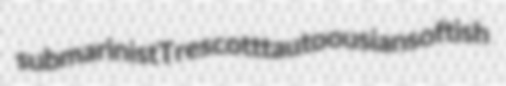
submarinist Trescott tautoousian softish